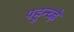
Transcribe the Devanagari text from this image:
पहुन्च्ह्ने